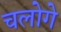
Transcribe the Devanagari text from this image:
चलोगे